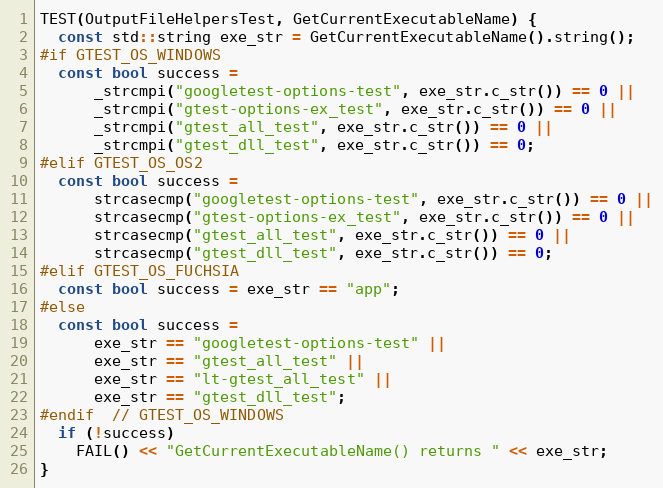
Language: C++
TEST(OutputFileHelpersTest, GetCurrentExecutableName) {
  const std::string exe_str = GetCurrentExecutableName().string();
#if GTEST_OS_WINDOWS
  const bool success =
      _strcmpi("googletest-options-test", exe_str.c_str()) == 0 ||
      _strcmpi("gtest-options-ex_test", exe_str.c_str()) == 0 ||
      _strcmpi("gtest_all_test", exe_str.c_str()) == 0 ||
      _strcmpi("gtest_dll_test", exe_str.c_str()) == 0;
#elif GTEST_OS_OS2
  const bool success =
      strcasecmp("googletest-options-test", exe_str.c_str()) == 0 ||
      strcasecmp("gtest-options-ex_test", exe_str.c_str()) == 0 ||
      strcasecmp("gtest_all_test", exe_str.c_str()) == 0 ||
      strcasecmp("gtest_dll_test", exe_str.c_str()) == 0;
#elif GTEST_OS_FUCHSIA
  const bool success = exe_str == "app";
#else
  const bool success =
      exe_str == "googletest-options-test" ||
      exe_str == "gtest_all_test" ||
      exe_str == "lt-gtest_all_test" ||
      exe_str == "gtest_dll_test";
#endif  // GTEST_OS_WINDOWS
  if (!success)
    FAIL() << "GetCurrentExecutableName() returns " << exe_str;
}